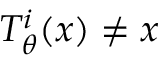
T _ { \theta } ^ { i } ( x ) \neq x